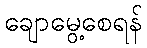
ချောမွေ့စေရန်